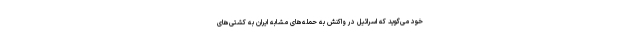
خود می‌گوید که اسرائیل در واکنش به حمله‌های مشابه ایران به کشتی‌های